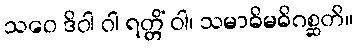
သဝေ ဒိဝါ ဝါ ရတ္တိံ ဝါ၊ သမာဓိမဓိဂစ္ဆတိ။